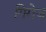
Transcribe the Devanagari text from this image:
गिरोज़